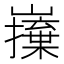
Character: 𭗦